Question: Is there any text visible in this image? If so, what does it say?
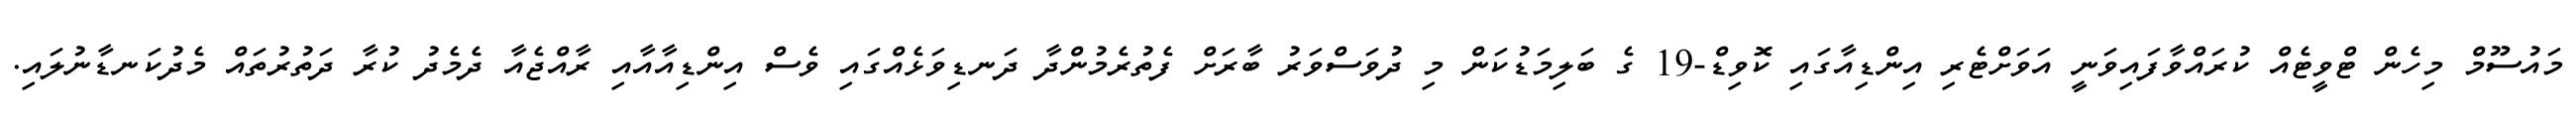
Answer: މައުސޫމް މިހެން ޓްވީޓެއް ކުރައްވާފައިވަނީ އަވަށްޓެރި އިންޑިއާގައި ކޮވިޑް-19 ގެ ބަލިމަޑުކަން މި ދުވަސްވަރު ބާރަށް ފެތުރެމުންދާ ދަނޑިވަޅެއްގައި ވެސް އިންޑިއާއާއި ރާއްޖެއާ ދެމެދު ކުރާ ދަތުރުތައް މެދުކަނޑާނުލައި.